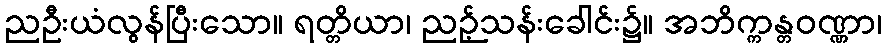
ညဦးယံလွန်ပြီးသော။ ရတ္တိယာ၊ ညဉ့်သန်းခေါင်း၌။ အဘိက္ကန္တဝဏ္ဏာ၊